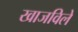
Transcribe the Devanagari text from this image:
खाजविले